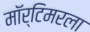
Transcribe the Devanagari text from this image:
मॉर्टिमरला